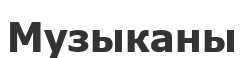
Музыканы